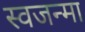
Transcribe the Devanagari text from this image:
स्वजन्मा